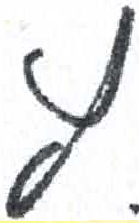
אות: ץ